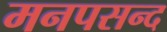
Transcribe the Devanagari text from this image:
मनपसन्द